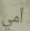
أمي